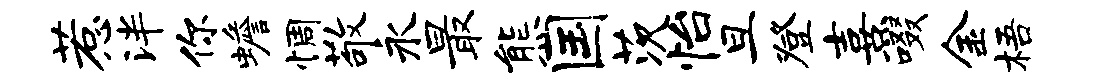
惹泮你蟾惆敬永最熊国茨怡旦登熹啜金梧